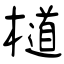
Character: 檤